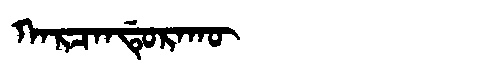
Manchu: ᡴᠠᡵᠴᠠᠨᡩᡠᡵᠠᡴᡡ
Romanization: KARCANDURAKŪ